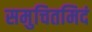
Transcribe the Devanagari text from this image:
समुचितमिदं